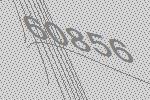
60856